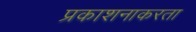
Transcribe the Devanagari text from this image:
प्रकाशनाकरता